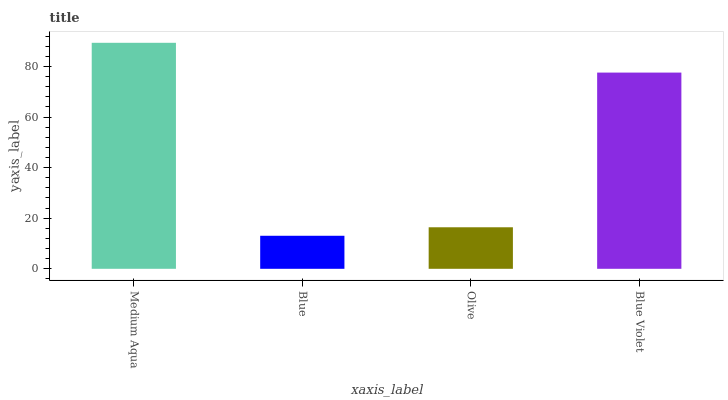
| xaxis_label | bars |
 | --- | --- |
 | Medium Aqua | 89.4 |
 | Blue | 13.1 |
 | Olive | 16.4 |
 | Blue Violet | 77.6 |